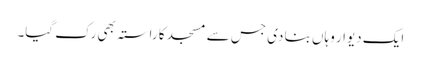
ایک دیوار وہاں بنا دی جس سے مسجد کا راستہ بھی رک گیا۔